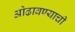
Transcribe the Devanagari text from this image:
ओढावण्याची